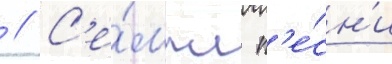
 // С'е́мпл п'е́сн'и